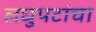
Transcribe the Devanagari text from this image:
लघुपटांचा